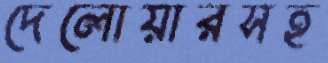
দেলোয়ারসহ